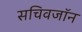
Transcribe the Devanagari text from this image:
सचिवजॉन